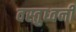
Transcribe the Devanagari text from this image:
वस्तुध्वनी